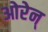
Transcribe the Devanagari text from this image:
ओरेन्